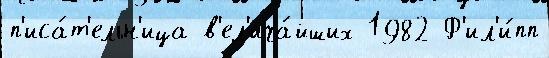
п'иса́т'ельн'ица в'ел'ича́йших 1982 Ф'ил'и́пп